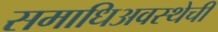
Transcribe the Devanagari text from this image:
समाधिअवस्थेची